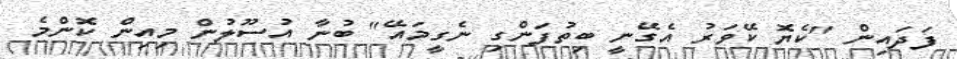
ފަދައިން "ކެޔޮ ކޭވަރު އެގޭނީ ބިތުފަންގި ނެގީމައޭ" ބުނާ އުސޫލުން މިއިން ކޮންމެ